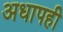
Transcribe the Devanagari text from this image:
अधापही